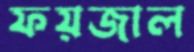
ফয়জাল